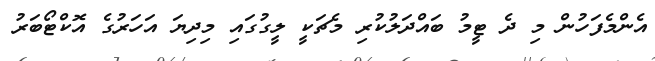
އެންމެފަހުން މި ދެ ޓީމު ބައްދަލުކުރި މެޗަކީ ލީގުގައި މިދިޔަ އަހަރުގެ އޮކްޓޯބަރު